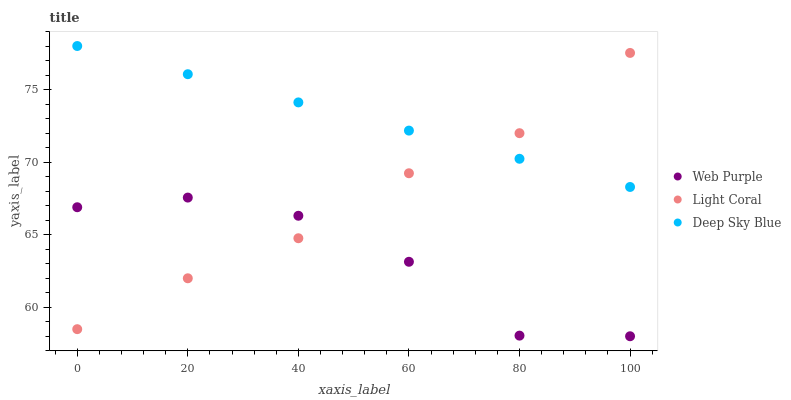
| xaxis_label | Web Purple | Light Coral | Deep Sky Blue |
 | --- | --- | --- | --- |
 | 0 | 66.9 | 58.5 | 78 |
 | 20 | 67.6 | 62 | 76.1 |
 | 40 | 66.3 | 64.8 | 74.1 |
 | 60 | 63.1 | 69.2 | 72.2 |
 | 80 | 58 | 72 | 70.2 |
 | 100 | 58 | 77.5 | 68.3 |